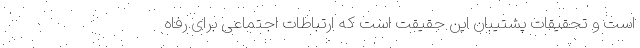
است و تحقیقات پشتیبان این حقیقت است که ارتباطات اجتماعی برای رفاه